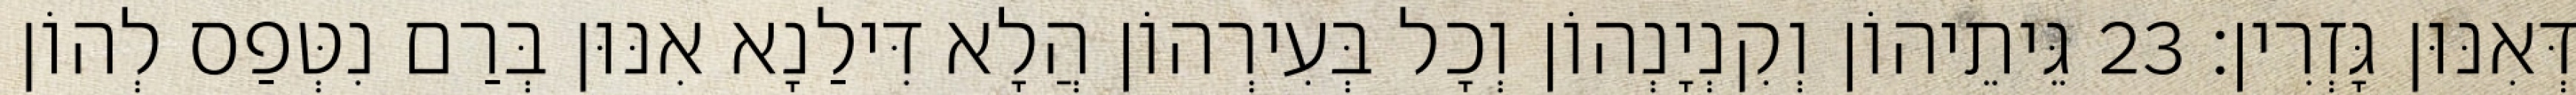
דְּאִנּוּן גָּזְרִין׃ 23 גֵּיתֵיהוֹן וְקִנְיָנְהוֹן וְכָל בְּעִירְהוֹן הֲלָא דִּילַנָא אִנּוּן בְּרַם נִטְּפַס לְהוֹן